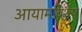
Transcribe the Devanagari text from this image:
आयामविशेष